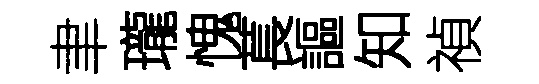
聿瓏愧萇謳知禎